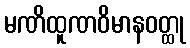
မဏိထူဏဝိမာနဝတ္ထု